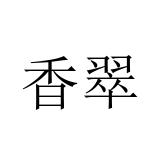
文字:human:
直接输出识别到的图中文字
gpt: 香翠